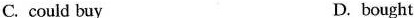
C. could buy D. bought